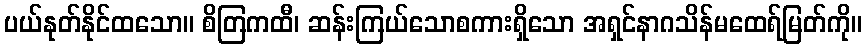
ပယ်နုတ်နိုင်ထသော။ စိတြကထီ၊ ဆန်းကြယ်သောစကားရှိသော အရှင်နာဂသိန်မထေရ်မြတ်ကို။